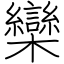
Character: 欒